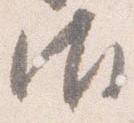
御